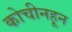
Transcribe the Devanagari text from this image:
कोचीनहून